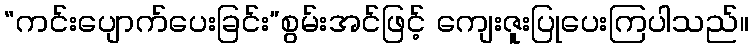
“ကင်းပျောက်ပေးခြင်း”စွမ်းအင်ဖြင့် ကျေးဇူးပြုပေးကြပါသည်။